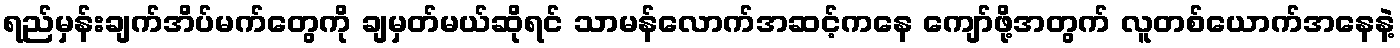
ရည်မှန်းချက်အိပ်မက်တွေကို ချမှတ်မယ်ဆိုရင် သာမန်လောက်အဆင့်ကနေ ကျော်ဖို့အတွက် လူတစ်ယောက်အနေနဲ့